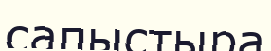
сапыстыра